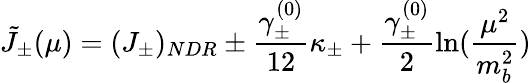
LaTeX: \tilde{J}_{\pm}(\mu)=(J_{\pm})_{NDR}\pm\frac{\gamma_{\pm}^{(0)}}{12}\kappa_{\pm}+\frac{\gamma_{\pm}^{(0)}}{2}\ln(\frac{\mu^{2}}{m_{b}^{2}})